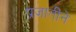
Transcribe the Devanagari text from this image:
प्रजातींने